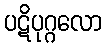
ပဋိပုဂ္ဂလော